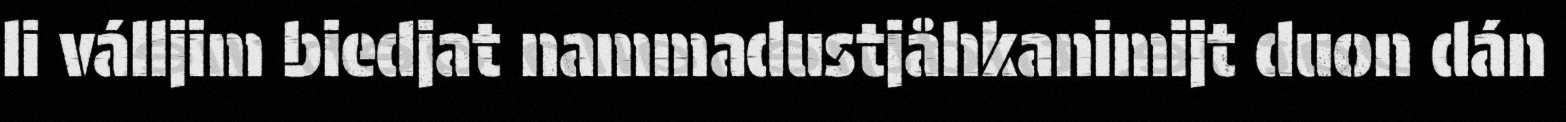
li válljim biedjat nammadustjåhkanimijt duon dán